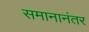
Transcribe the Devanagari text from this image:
समानानंतर